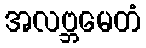
အလဗ္ဘမေတံ